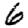
Digit: 6